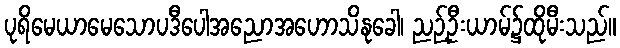
ပုရိမေယာမေသောပဒီပေါအညောအဟောသိနုခေါ၊ ညဉ့်ဦးယာမ်၌ထိုမီးသည်။